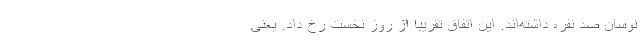
نوسان صد نفره داشته‌اند. این اتفاق تقریباً از روز نخست رخ داد. یعنی